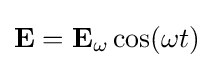
\mathbf {E} =\mathbf {E} _{\omega }\cos(\omega t)